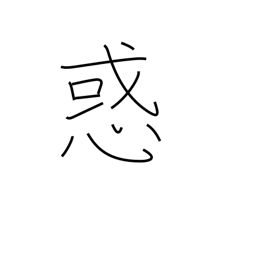
Meaning: perplexity